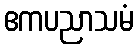
ဧကပညာသမံ